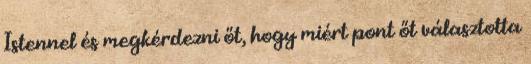
Istennel és megkérdezni őt, hogy miért pont őt választotta